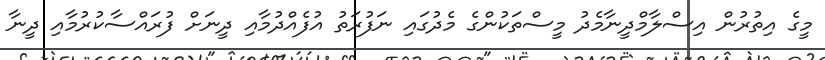
މީގެ އިތުރުން އިސްލާމްދީނާމެދު މީސްތަކުންގެ މެދުގައި ނަފުރަތު އުފެއްދުމާއި ދީނަށް ފުރައްސާކުރުމާއި ދީނާ